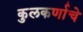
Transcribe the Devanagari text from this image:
कुलकर्णाचे